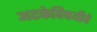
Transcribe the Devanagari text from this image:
अटकेविषयीचे